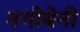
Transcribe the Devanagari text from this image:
नगोबेनी